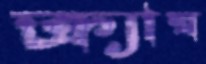
ক্র্যাম্ব